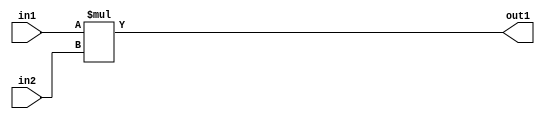
`timescale 1ps / 1ps
/*****************************************************************************
    Verilog RTL Description
    
    
    Created by: Stratus DpOpt 2019.1.01 
*******************************************************************************/

module st_weight_addr_gen_Mul_16Ux16U_32U_4_6 (
	in2,
	in1,
	out1
	); /* architecture "behavioural" */ 
input [15:0] in2,
	in1;
output [31:0] out1;
wire [31:0] asc001;

assign asc001 = 
	+(in1 * in2);

assign out1 = asc001;
endmodule

/* CADENCE  ubDxTgA= : u9/ySgnWtBlWxVPRXgAZ4Og= ** DO NOT EDIT THIS LINE ******/